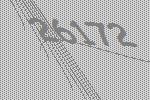
26172